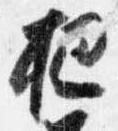
把